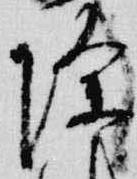
除